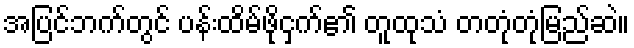
အပြင်ဘက်တွင် ပန်းထိမ်ဖိုငှက်၏ တူထုသံ တတုံတုံမြည်ဆဲ။